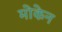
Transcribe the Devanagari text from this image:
मोकेन